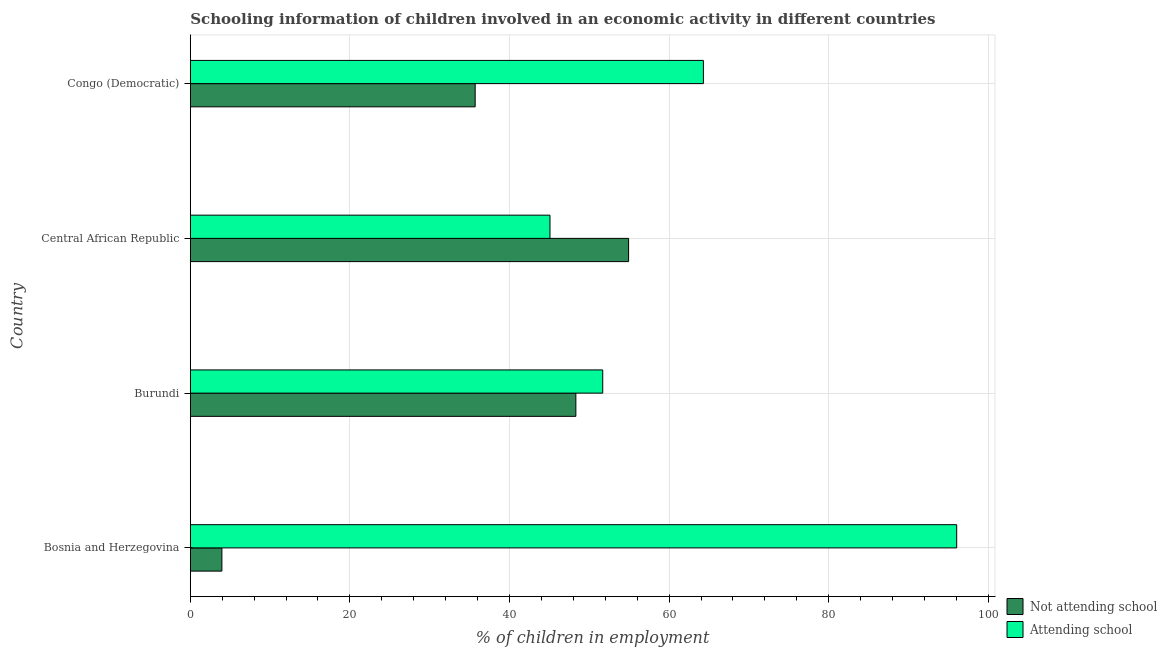
| Country | Not attending school | Attending school |
 | --- | --- | --- |
 | Bosnia and Herzegovina | 3.96 | 96 |
 | Burundi | 48.3 | 51.7 |
 | Central African Republic | 54.9 | 45.1 |
 | Congo (Democratic) | 35.7 | 64.3 |